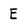
Character: E